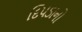
દિપડાનો